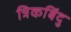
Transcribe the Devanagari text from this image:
त्रिकबिंदु